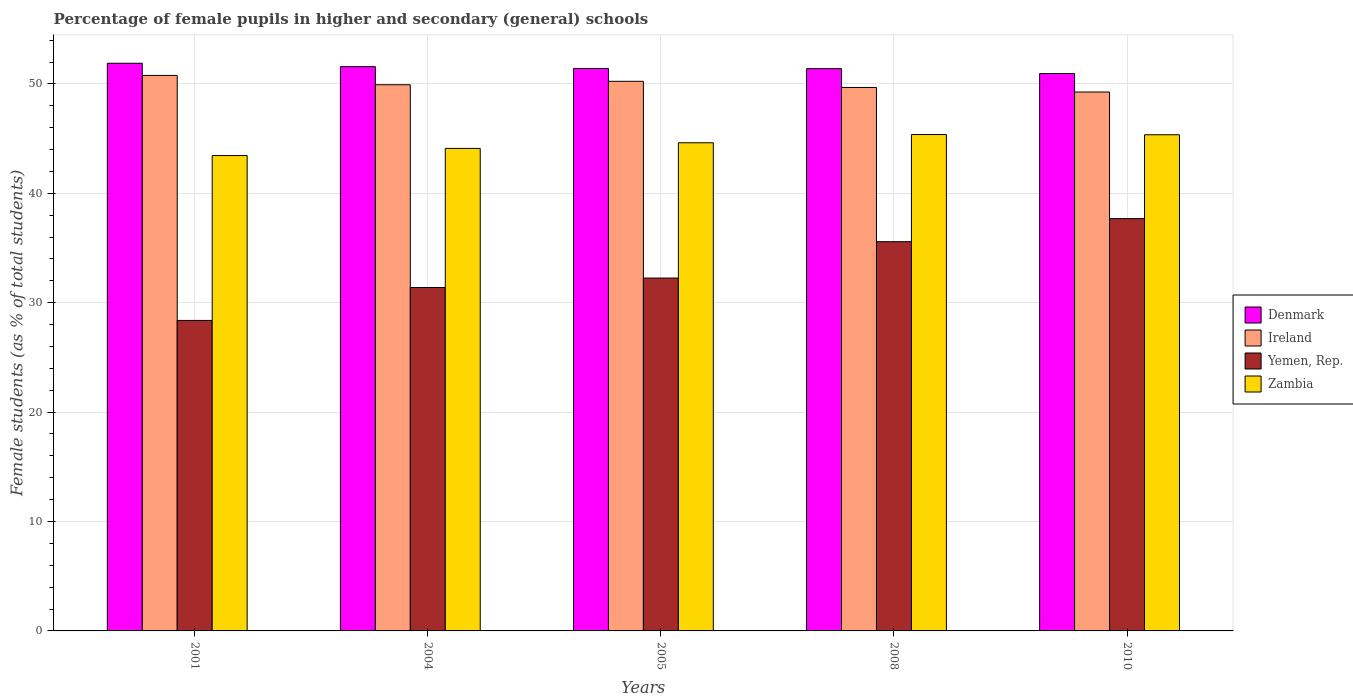
| Years | Denmark | Ireland | Yemen, Rep. | Zambia |
 | --- | --- | --- | --- | --- |
 | 2001 | 51.9 | 50.8 | 28.4 | 43.4 |
 | 2004 | 51.6 | 49.9 | 31.4 | 44.1 |
 | 2005 | 51.4 | 50.2 | 32.3 | 44.6 |
 | 2008 | 51.4 | 49.7 | 35.6 | 45.4 |
 | 2010 | 50.9 | 49.3 | 37.7 | 45.3 |